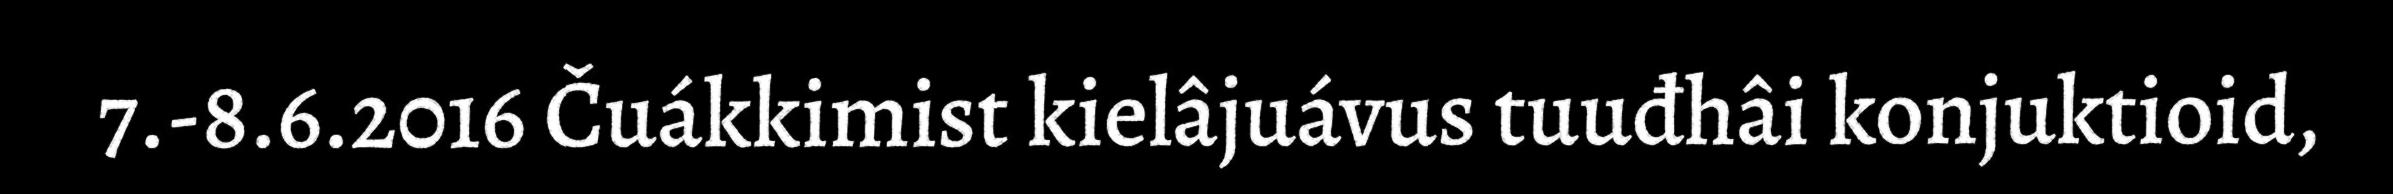
7.-8.6.2016 Čuákkimist kielâjuávus tuuđhâi konjuktioid,